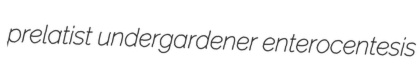
prelatist undergardener enterocentesis